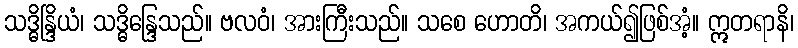
သဒ္ဓိန္ဒြိယံ၊ သဒ္ဓိန္ဒြေသည်။ ဗလဝံ၊ အားကြီးသည်။ သစေ ဟောတိ၊ အကယ်၍ဖြစ်အံ့။ ဣတရာနိ၊